system: You are a helpful assistant.
user:
Analyze the provided spectrum to determine if it is a **M-type Giant (gM)**.

A M-type Giant spectrum is defined by its **strong molecular absorption** features, particularly from **Titanium Oxide (TiO)**. You must check for one of the following mutually exclusive signatures:

- **Key Visual Indicators (Absorption-Dominated Spectrum):**

    - **(Primary):** The spectrum is dominated by strong molecular absorption from **Titanium Oxide (TiO)**. This is the **defining feature** of its M-type temperature class.
        - **(Key Bandheads):** Look for sharp, "saw-tooth" absorption valleys. The strongest are located near **~7050 Å**, **~6160 Å**, and **~5170 Å**.
        - **(Line Profile):** The "saw-tooth" morphology is critical: a **sharp, steep drop on the BLUE (short-wavelength) side** of the bandhead, followed by a gradual recovery (rising flux) towards the RED (long-wavelength) side.

    - **(Key Confirmation - Giant vs. Dwarf):** **ABSENCE** of strong **Calcium Hydride (CaH)** molecular bands. This is the primary diagnostic for *excluding* M-dwarfs.
        - **(Key Region):** The spectrum should lack the strong, broad absorption band seen in dwarfs between **~6800 Å and ~7000 Å**.

    - **(Secondary Confirmation - Giant):** A very strong and broad **Neutral Calcium (Ca I)** atomic absorption line.
        - **(Key Line):** Located at **~4226 Å**. In a giant (gM), this line is significantly deeper and broader than the same line in an M-dwarf (dM) due to low surface gravity.

    - **(Overall Spectrum):**
        - The continuum is **extremely red-sloping** (i.e., flux is very low in the blue and rises dramatically towards the red).
        - The entire spectrum appears "chopped up" by the deep TiO bands.

Think first, call **spectral_visualization_tool** if needed to examine features in detail, then provide your final answer. Your response must adhere to the following strict rules:
1.  **Overall Structure:** Your response must follow the format `<think>...</think> <tool_call>...</tool_call> (if a tool is used) <answer>...</answer>`.
2.  **Tool Usage Constraint:** You may only make **one** tool call per turn.
3.  **Final Answer Format:** In the `<answer>` tag, your conclusion must be inside a `\boxed{}` command (e.g., `\boxed{YES}` or `\boxed{NO}`), followed by your justification.

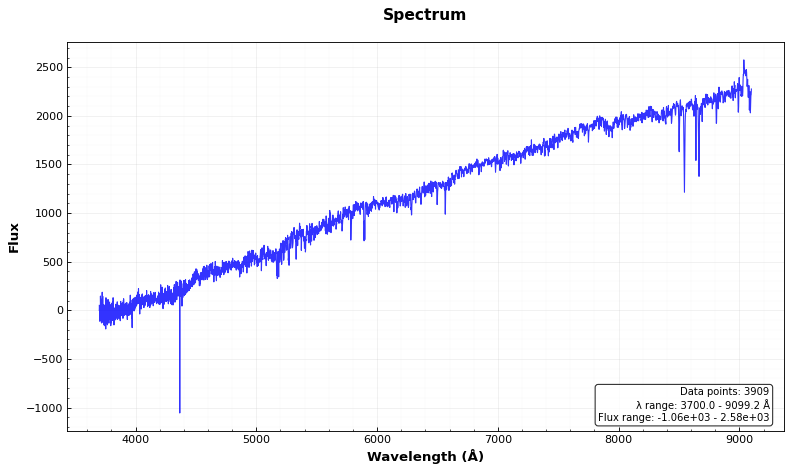
Answer: NO